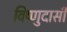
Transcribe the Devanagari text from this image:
विष्णुदासी